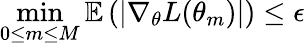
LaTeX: \operatorname*{min}_{0\leq m\leq M}\mathbb{E}\left(\left|\nabla_{\theta}L(\theta_{m})\right|\right)\leq\epsilon